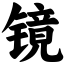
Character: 镜